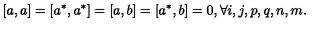
[ a , a ] = [ a ^ { * } , a ^ { * } ] = [ a , b ] = [ a ^ { * } , b ] = 0 , \forall i , j , p , q , n , m .